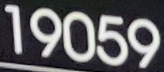
19059